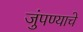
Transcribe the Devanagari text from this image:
जुंपण्याचे